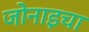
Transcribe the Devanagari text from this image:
जोनाइचा